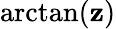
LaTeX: \arctan(\mathbf{z})